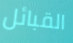
القبائل